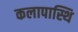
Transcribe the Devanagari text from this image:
कलापास्थि